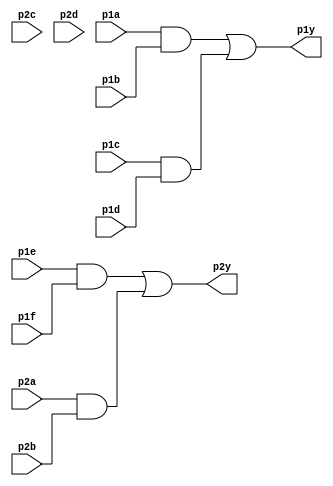
module top_module ( 
    input p1a, p1b, p1c, p1d, p1e, p1f,
    output p1y,
    input p2a, p2b, p2c, p2d,
    output p2y );
    
    // Declare internal wires for intermediate signals
    wire and1, and2, and3, and4;

    // AND gates
    assign and1 = p1a & p1b;
    assign and2 = p1c & p1d;
    assign and3 = p1e & p1f;
    assign and4 = p2a & p2b;

    // OR gates
    assign p1y = and1 | and2;
    assign p2y = and3 | and4;

endmodule